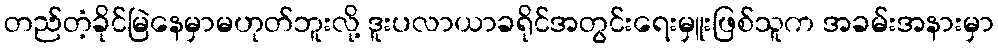
တည်တံ့ခိုင်မြဲနေမှာမဟုတ်ဘူးလို့ ဒူးပလာယာခရိုင်အတွင်းရေးမှူးဖြစ်သူက အခမ်းအနားမှာ